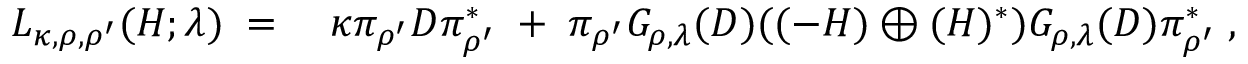
\begin{array} { r l } { L _ { \kappa , \rho , \rho ^ { \prime } } ( H ; \lambda ) \; = \; } & { { } \kappa \pi _ { \rho ^ { \prime } } D \pi _ { \rho ^ { \prime } } ^ { * } \; + \; \pi _ { \rho ^ { \prime } } G _ { \rho , \lambda } ( D ) ( ( - H ) \oplus ( H ) ^ { * } ) G _ { \rho , \lambda } ( D ) \pi _ { \rho ^ { \prime } } ^ { * } \; , } \end{array}